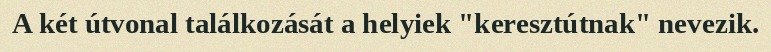
A két útvonal találkozását a helyiek "keresztútnak" nevezik.